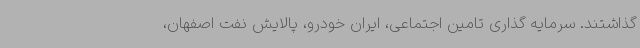
گذاشتند. سرمایه‌ گذاری تامین اجتماعی، ایران خودرو، پالایش نفت اصفهان،